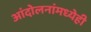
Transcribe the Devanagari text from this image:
आंदोलनांमध्येही